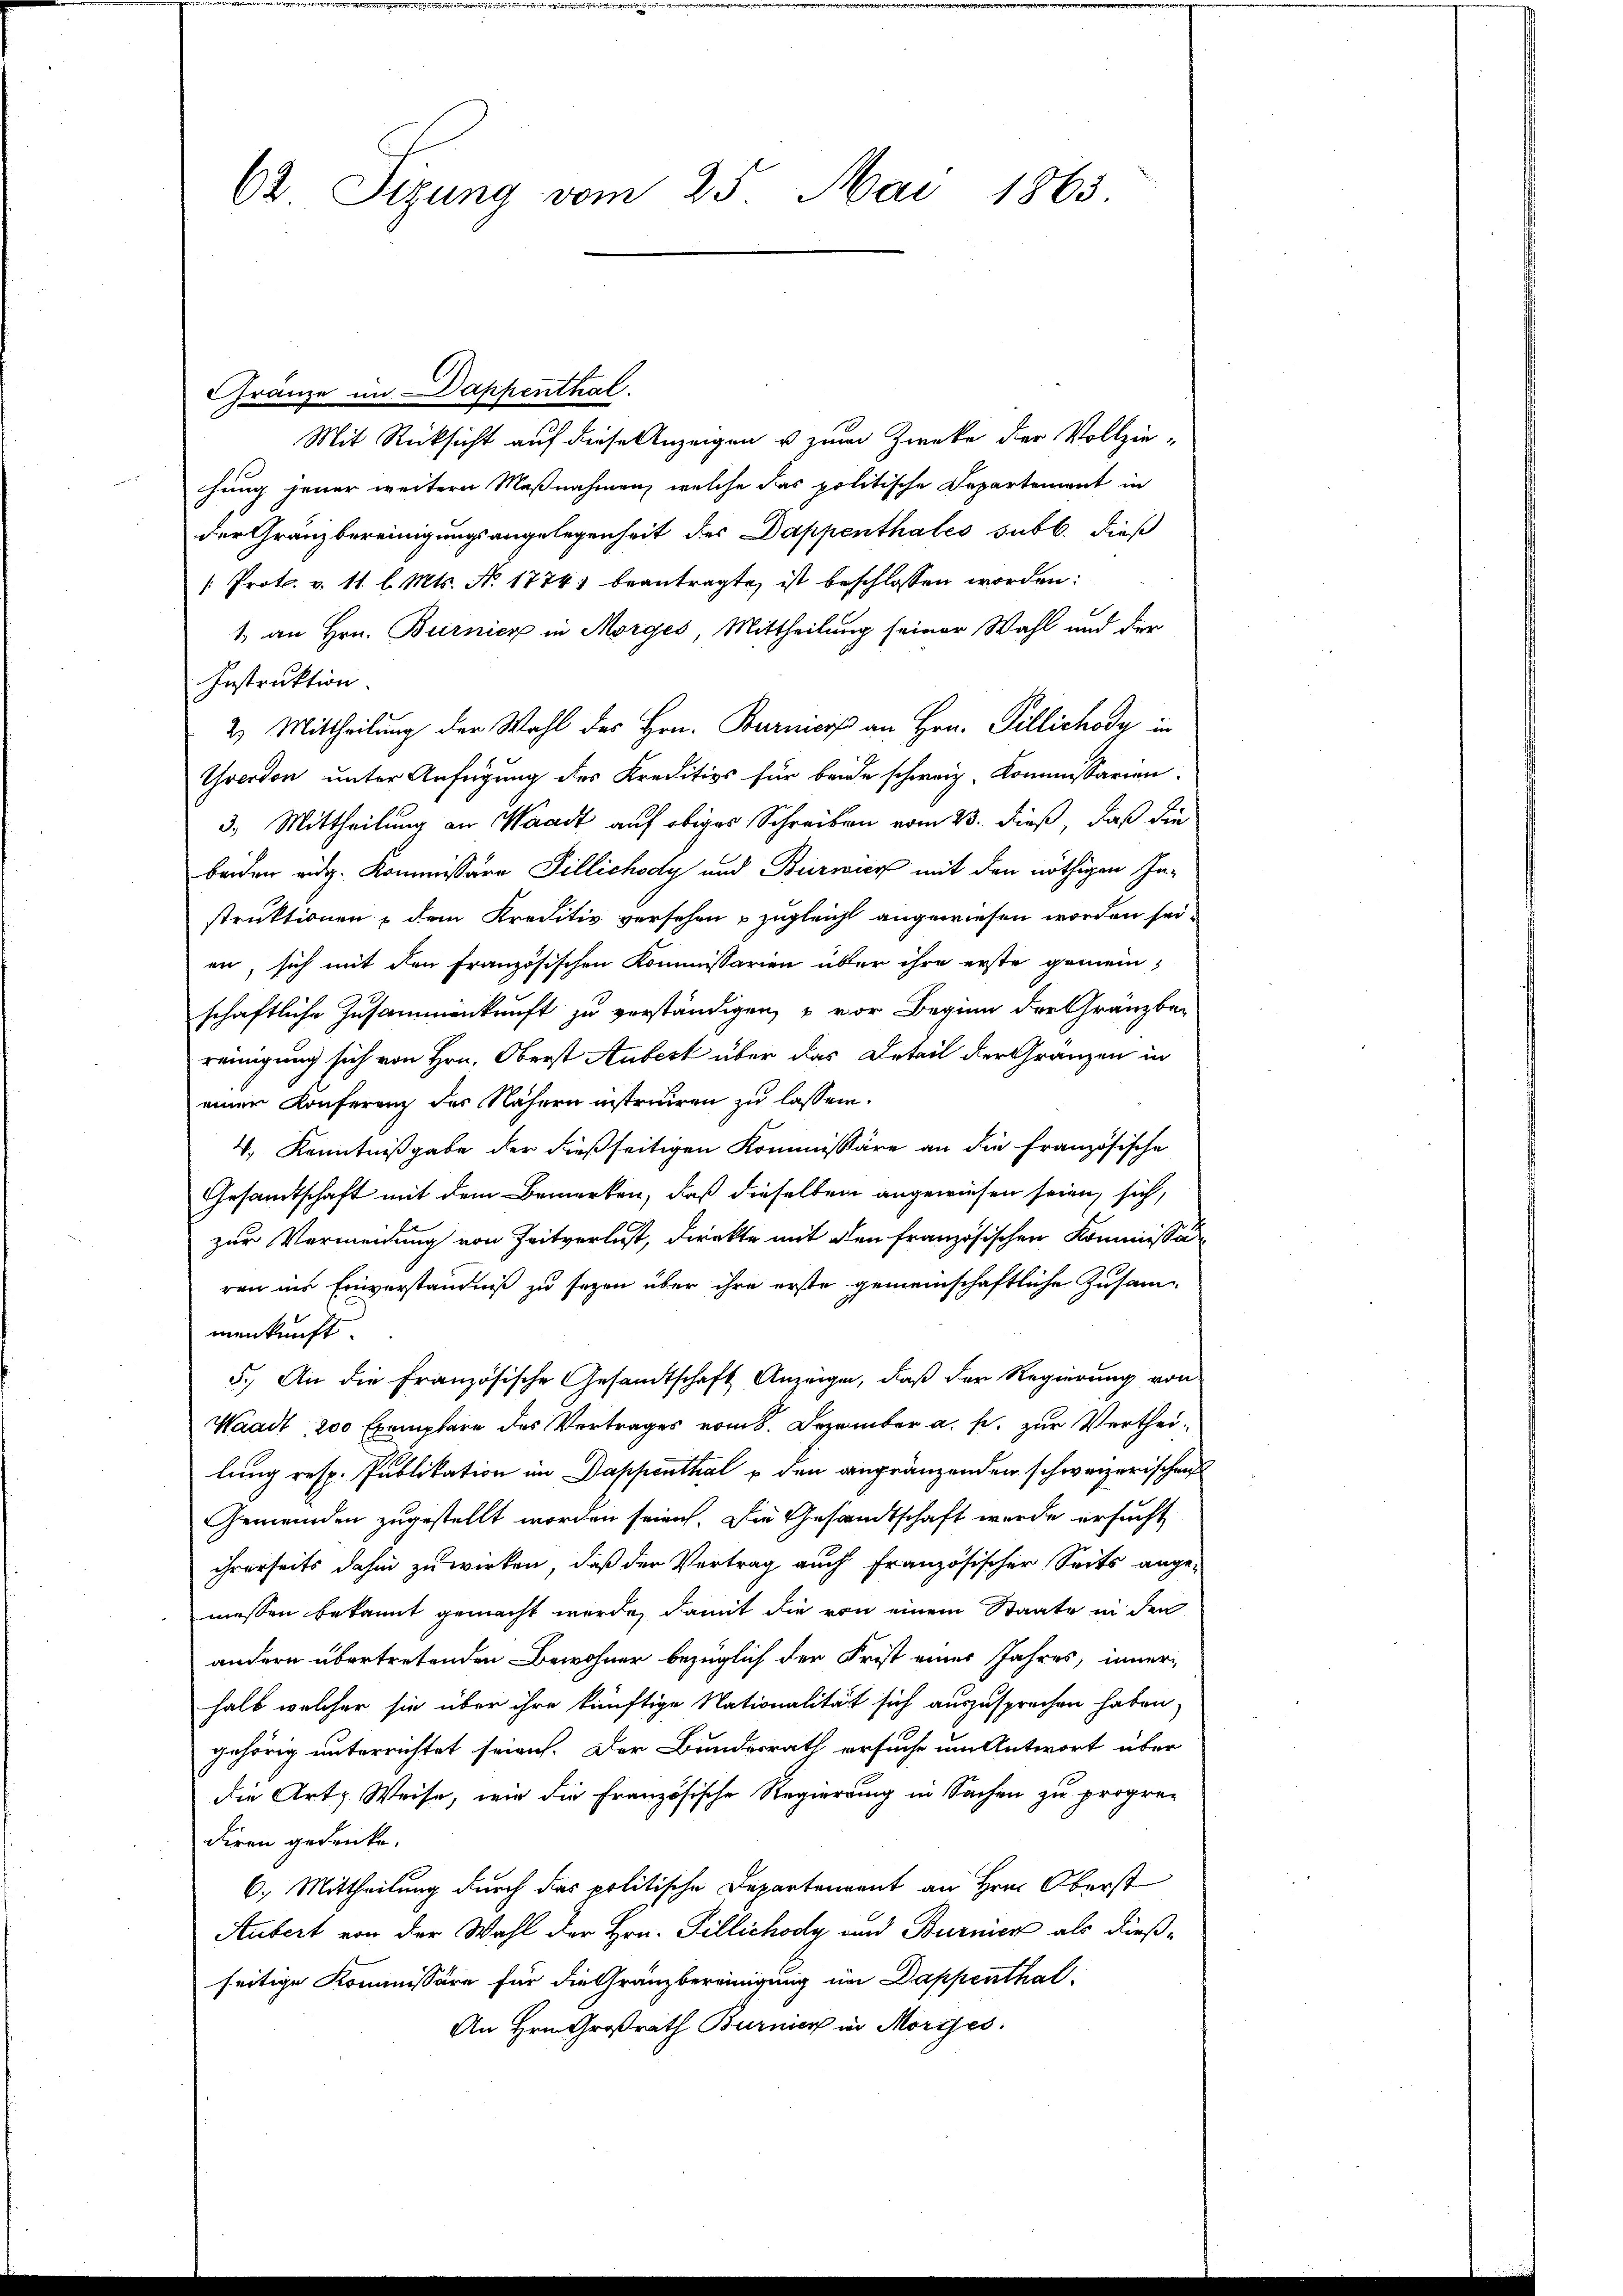
62 Sizung vom 25. Mai 1865.

Gränze im Dappenthal.

Mit Rücksicht auf diese Anzeigen u zum Zwecke der Vollzie-
hung jener weitern Maßnahmen, welche das politische Departement in
der Gränzbereinigungsangelegenheit des Dappenthales subt. dieß
[Prot. v. 11. l. Mts. N. 1774) beantragte ist beschlossen worden:
1. an Hrn. Burnier in Morges, Mittheilung seiner Wahl und der
Instruktion.
2. Mittheilung der Wahl des Hrn. Burnisse an Hrn. Pillichody in
Terdon unter Anfügung des Kreditivs für beide schweiz. Kommissarien
3. Mittheilung an Waadt auf obiges Schreiben vom 23. dieß, daß die
beiden eidg. Kommissäre Tillichody und Burner mit den nöthigen Instruktionen dem Kreditiv versehen u zugleicht angewiesen worden sei.
en, sich mit den französischen Kommissarien über ihre erste gemeinschaftliche Zusammenkunft zu verständigen, u vor Beginn der Gränzbe-
reinigung sich von Hrn. Oberst Aubert über das Detail der Gränzen in
einer Konferenz des Nähern instruiren zu lassen.
4. Kenntnißgabe der dießseitigen Kommissäre an die Französische
Gesandtschaft mit dem Bemerken, daß dieselben angewiesen seien, sich,
zur Vermeidung von Zeitverlust, Direkte mit den französischen Kommission
ren ins Einverständniß zu seyen über ihre erste gemeinschaftliche Zusammenkunft
5.) An die Französische Gesandtschaft Anzeigen, daß der Regierung von
Waadt 200 Exemplare des Vertrages vom 8. Dezember a. p. zur Vertheilung resp. Publikation im Dappenthal u den angränzenden schweizerischen
Gemeinden zugestellt worden seien. Die Gesandtschaft werde ersucht
ihrerseits dahin zu wirken, daß der Vertrag auch französischer Seits ange-
messen bekannt gemacht werde, damit die von einem Staate in den
andern übertretenden Bewohner bezüglich der Frist eines Jahres, inner-
halb welcher sie über ihre künftige Nationalität sich auszusprechen haben,
gehörig unterrichtet seien. Der Bundesrath ersuche um Antwort über
die Art. Weise, wie die Französische Regierung in Sachen zu propre-
diren gedrücke.
6.) Mittheilung durch das politische Departenannt an Hrn. Oberst
Aubert von der Wahl der Hrn. Pillichody und Burnier als dießseitige Kommissäre für die Gränzbereinigung im Dappenthal¬
An Hrn. Großrath Burnier in Morges.